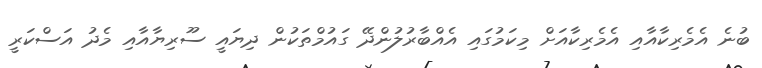
ބުނެ އެމެރިކާއާއި އެމެރިކާއަށް މިކަމުގައި އެއްބާރުލުންދޭ ގައުމްތަކުން ދިޔައީ ސޫރިޔާއާއި މެދު އަސްކަރީ